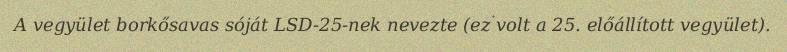
A vegyület borkősavas sóját LSD-25-nek nevezte (ez volt a 25. előállított vegyület).